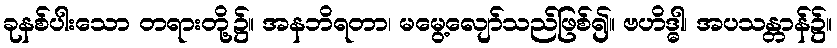
ခုနစ်ပါးသော တရားတို့၌။ အနဘိရတာ၊ မမွေ့လျော်သည်ဖြစ်၍။ ဗဟိဒ္ဓါ၊ အပသန္တာန်၌။